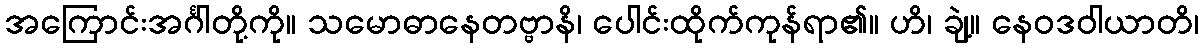
အကြောင်းအင်္ဂါတို့ကို။ သမောဓာနေတဗ္ဗာနိ၊ ပေါင်းထိုက်ကုန်ရာ၏။ ဟိ၊ ချဲ့။ နေဝဒဝါယာတိ၊